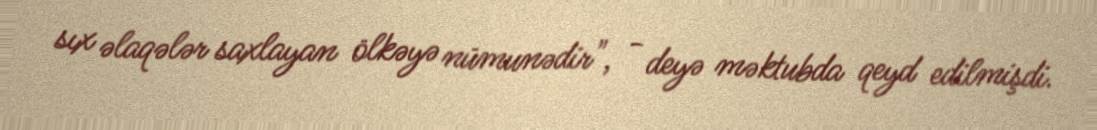
sıx əlaqələr saxlayan ölkəyə nümunədir", - deyə məktubda qeyd edilmişdi.